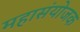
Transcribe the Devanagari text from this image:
महासंयोजक